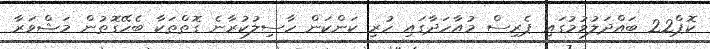
ކޮޕް22 ބައްދަލުވުމުގައި ޕެރިސް މުއާހަދާގައި ހުރި ކަންކަން ހާސިލުކުރާނެ ގޮތްތަކާ ބެހޭގޮތުން މަޝްވަރާ